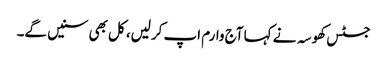
جسٹس کھوسہ نے کہا آج وارم اپ کرلیں، کل بھی سنیں گے۔